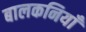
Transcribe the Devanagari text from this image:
बालकनियाँ